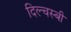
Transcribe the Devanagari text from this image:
दिल्चस्बी